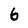
Character: 6